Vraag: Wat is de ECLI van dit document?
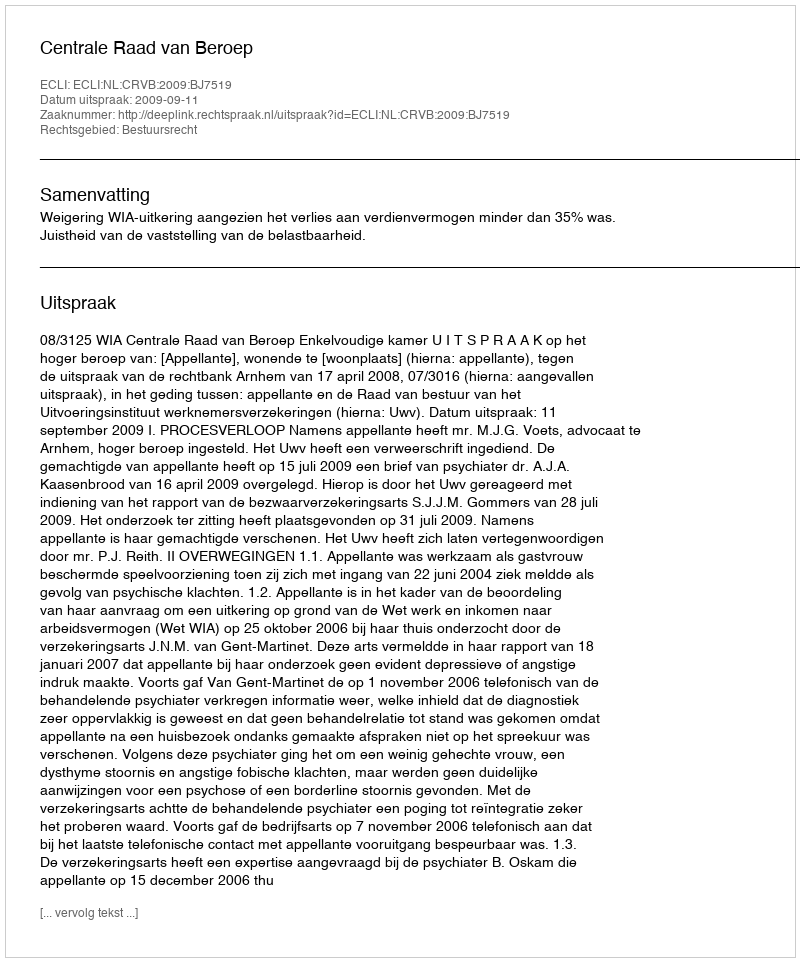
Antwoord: ECLI:NL:CRVB:2009:BJ7519